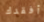
أفقدك